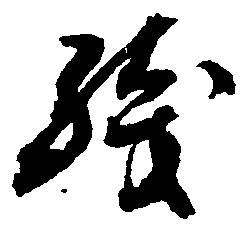
残